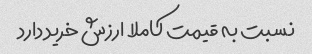
نسبت به قیمت کاملا ارزش خرید دارد